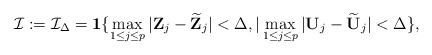
LaTeX: \begin{align*}\mathcal{I}:=\mathcal{I}_{\Delta}=\mathbf{1}\{ \max_{1 \leq j \leq p} |\mathbf{Z}_j-\widetilde{\mathbf{Z}}_j|<\Delta, |\max_{1 \leq j \leq p} |\mathbf{U}_j-\widetilde{\mathbf{U}}_j|<\Delta\},\end{align*}